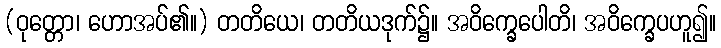
(ဝုတ္တော၊ ဟောအပ်၏။) တတိယေ၊ တတိယဒုက်၌။ အဝိက္ခေပေါတိ၊ အဝိက္ခေပဟူ၍။